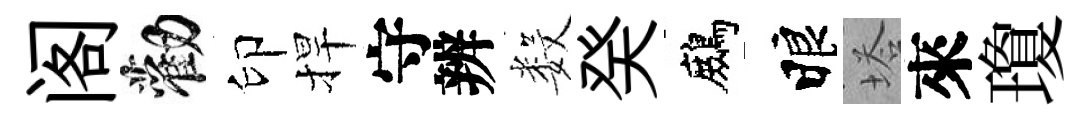
阁勸印捍守辨数癸鷓睱塔來瓊